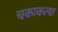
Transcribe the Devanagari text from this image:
चकाकत्या